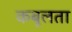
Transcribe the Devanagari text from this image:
कबूलता